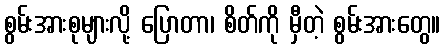
စွမ်းအားစုများလို့ ပြောတာ၊ စိတ်ကို မှီတဲ့ စွမ်းအားတွေ။